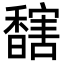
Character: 𩡔